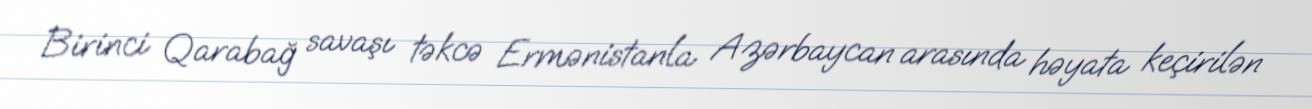
Birinci Qarabağ savaşı təkcə Ermənistanla Azərbaycan arasında həyata keçirilən